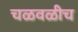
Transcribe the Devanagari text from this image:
चळवळीच